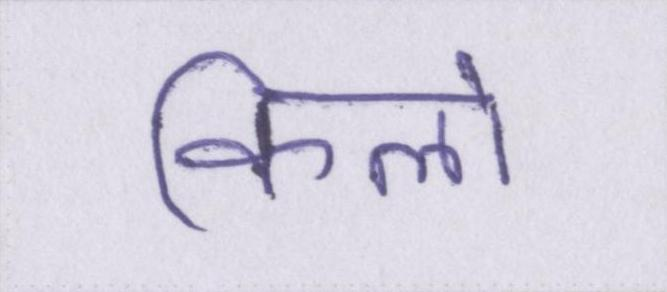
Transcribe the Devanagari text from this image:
किलो